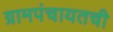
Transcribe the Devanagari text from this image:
ग्रामपंचायतची